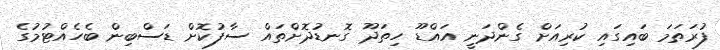
ފުރަތަމަ ބައިގައި ކުރިއަށް ގެންދަނީ އައްޑޫ ހިތަދޫ ގޮނޑުދޮށްތައް ސާފުކޮށް ޑަސްބިން ބެހެއްޓުމުގެ